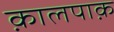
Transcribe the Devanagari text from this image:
क़ालपाक़